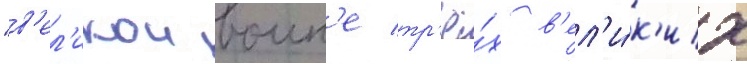
"в'ел'икои воин'е тр'ё́х в'ел'и́к'их